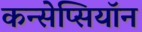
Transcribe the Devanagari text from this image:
कन्सेप्सियॉन